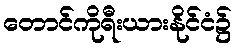
တောင်ကိုရီးယားနိုင်ငံ၌